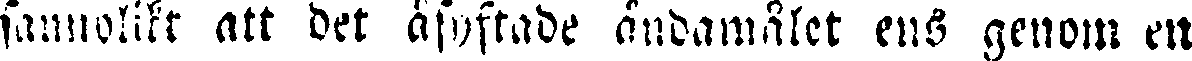
sannolikt att det åsyftade ändamålet ens genom ett